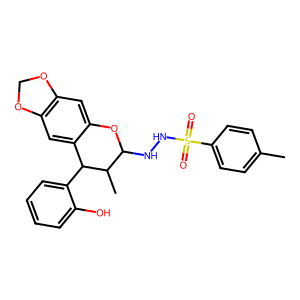
SMILES: Cc1ccc(S(=O)(=O)NNC2Oc3cc4c(cc3C(c3ccccc3O)C2C)OCO4)cc1
Inhibits HIV replication: No